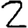
Digit: 2